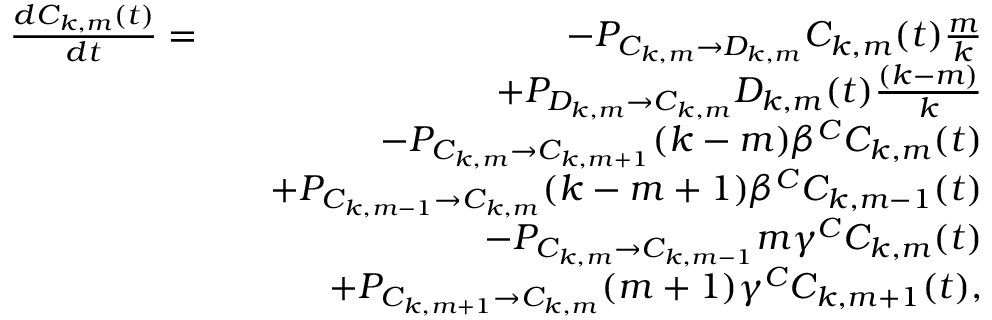
\begin{array} { r l r } { \frac { d C _ { k , m } ( t ) } { d t } = } & { } & { - P _ { C _ { k , m } \rightarrow D _ { k , m } } C _ { k , m } ( t ) \frac { m } { k } } \\ & { } & { + P _ { D _ { k , m } \rightarrow C _ { k , m } } D _ { k , m } ( t ) \frac { ( k - m ) } { k } } \\ & { } & { - P _ { C _ { k , m } \rightarrow C _ { k , m + 1 } } ( k - m ) \beta ^ { C } C _ { k , m } ( t ) } \\ & { } & { + P _ { C _ { k , m - 1 } \rightarrow C _ { k , m } } ( k - m + 1 ) \beta ^ { C } C _ { k , m - 1 } ( t ) } \\ & { } & { - P _ { C _ { k , m } \rightarrow C _ { k , m - 1 } } m \gamma ^ { C } C _ { k , m } ( t ) } \\ & { } & { + P _ { C _ { k , m + 1 } \rightarrow C _ { k , m } } ( m + 1 ) \gamma ^ { C } C _ { k , m + 1 } ( t ) , } \end{array}